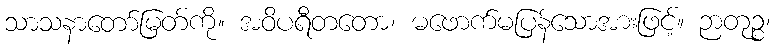
သာသနာတော်မြတ်ကို။ အဝိပရီတတော၊ မဖောက်မပြန်သောအားဖြင့်။ ဉာတုဉ္စ၊